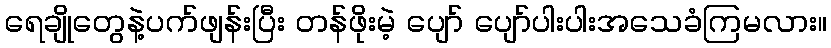
ရေချိုတွေနဲ့ပက်ဖျန်းပြီး တန်ဖိုးမဲ့ ပျော် ပျော်ပါးပါးအသေခံကြမလား။